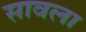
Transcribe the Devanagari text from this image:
सावला